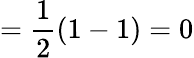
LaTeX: ={\frac{1}{2}}(1-1)=0